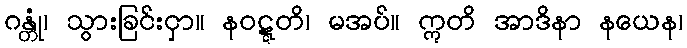
ဂန္တုံ၊ သွားခြင်းငှာ။ နဝဋ္ဋတိ၊ မအပ်။ ဣတိ အာဒိနာ နယေန၊